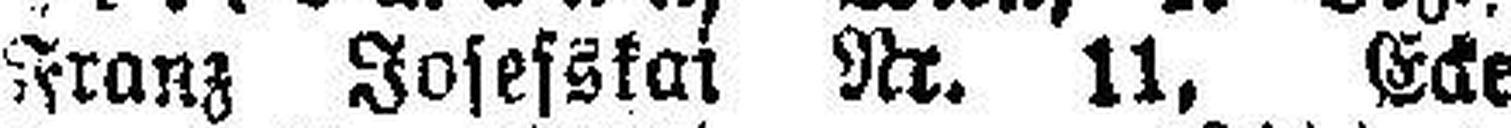
Franz Josefskai Nr. 11, Ecke